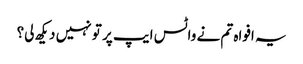
یہ افواہ تم نے واٹس ایپ پر تو نہیں دیکھ لی؟